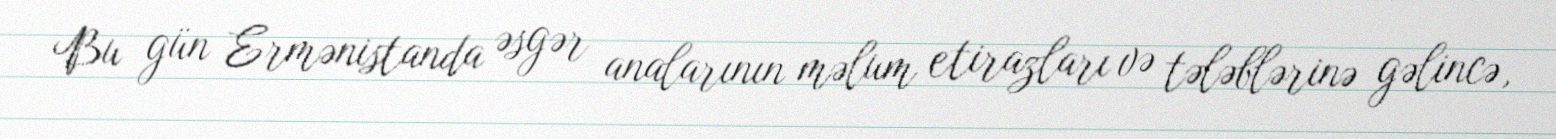
Bu gün Ermənistanda əsgər analarının məlum etirazları və tələblərinə gəlincə,